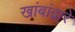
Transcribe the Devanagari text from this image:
खांबांद्वारे